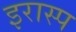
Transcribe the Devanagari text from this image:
इरास्प